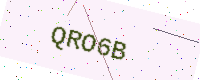
Text: QRO6B